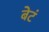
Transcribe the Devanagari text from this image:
बेटं